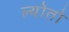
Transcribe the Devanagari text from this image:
ल्योतो